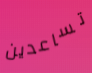
تساعدين